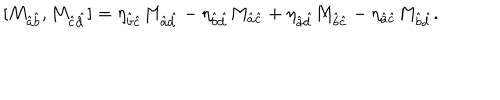
LaTeX: [ M _ { \hat { a } \hat { b } } , M _ { \hat { c } \hat { d } } ] = \eta _ { \hat { b } \hat { c } } M _ { \hat { a } \hat { d } } - \eta _ { \hat { b } \hat { d } } M _ { \hat { a } \hat { c } } + \eta _ { \hat { a } \hat { d } } M _ { \hat { b } \hat { c } } - \eta _ { \hat { a } \hat { c } } M _ { \hat { b } \hat { d } } .